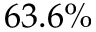
6 3 . 6 \%